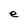
Character: e